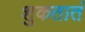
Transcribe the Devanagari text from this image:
शुकतातं